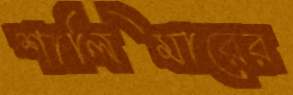
শালিমারের